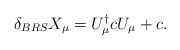
\begin{align*}\delta_{BRS}X_\mu=U_\mu^\dagger c U_\mu+c.\end{align*}